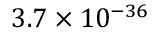
3 . 7 \times 1 0 ^ { - 3 6 }